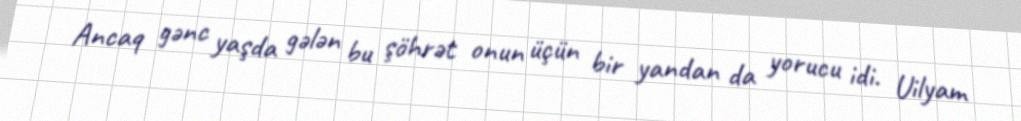
Ancaq gənc yaşda gələn bu şöhrət onun üçün bir yandan da yorucu idi. Uilyam